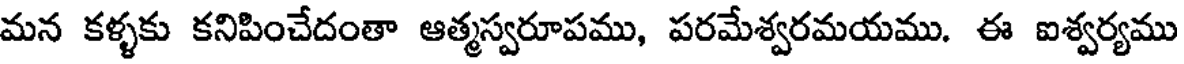
మన కళ్ళకు కనిపించేదంతా ఆత్మస్వరూపము, పరమేశ్వరమయము. ఈ ఐశ్వర్యము